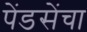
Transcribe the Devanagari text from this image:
पेंडसेंचा